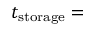
t _ { \mathrm { s t o r a g e } } =